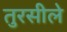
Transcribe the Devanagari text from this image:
तुरसीले